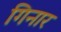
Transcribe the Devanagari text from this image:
गिनार